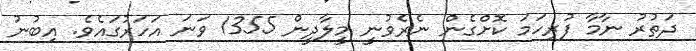
ދަތުރު ނާމާ ފުރިހަމަ ކޮށްގެން ނެރެވުނީ މީލާދީން 1355 ވަނަ އަހަރުގައެވެ. އިބުނު